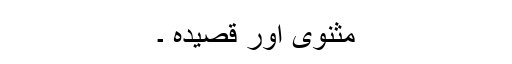
مثنوی اور قصیدہ ۔